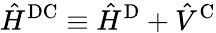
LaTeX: \hat{H}^{\mathrm{DC}}\equiv\hat{H}^{\mathrm{D}}+\hat{V}^{\mathrm{C}}